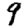
Digit: 9